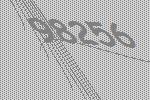
98256